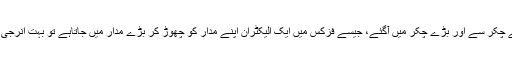
یعنی آپ چھوٹے چکّر سے اور بڑے چکّر میں آگئے، جیسے فزکس میں ایک الیکٹران اپنے مدار کو چھوڑ کر بڑے مدار میں جاتاہے تو بہت انرجی ضائع کرتا ہے۔